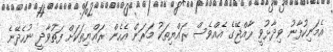
އެމަނިކުފާނު ވިދާޅުވީ ރާއްޖޭގެ އެއްވެސް ރައްޔިތަކު މަރަން އެހެން ރައްޔިތަކަށް ފަތުވާދީ ނުހެދޭނެ